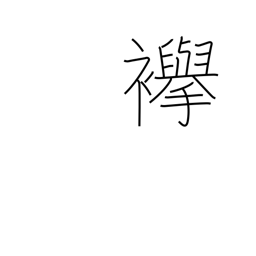
Meaning: cord to hold up sleeves